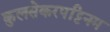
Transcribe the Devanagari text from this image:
कुलसेकरपट्टिनम